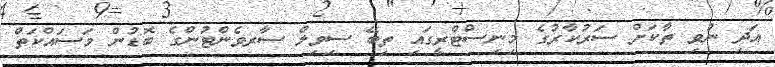
އަދި ނުވި ތާކަށް ސަރުކާރުގެ މިނިސްޓްރީގައި ތިބޭ ސިވިލް ސާރވެންޓުންގެ ބޮޑުން މަސައްކަތް